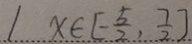
/ x \in [ - \frac { 5 } { 2 } , \frac { 7 } { 2 } ]